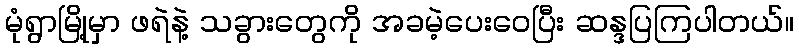
မုံရွာမြို့မှာ ဖရဲနဲ့ သခွားတွေကို အခမဲ့ပေးဝေပြီး ဆန္ဒပြကြပါတယ်။